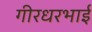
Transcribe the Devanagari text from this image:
गीरधरभाई